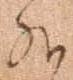
外